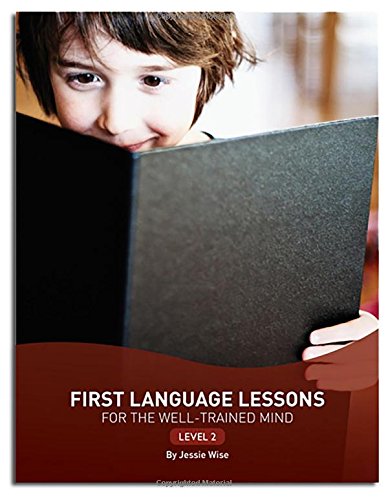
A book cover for First Language Lessons for the Well-Trained Mind: Level 2 (Second Edition)  (First Language Lessons); Jessie Wise; Education & Teaching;